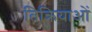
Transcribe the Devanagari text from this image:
तिक्रियाओं